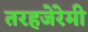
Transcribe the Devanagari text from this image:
तरहजेरेमी